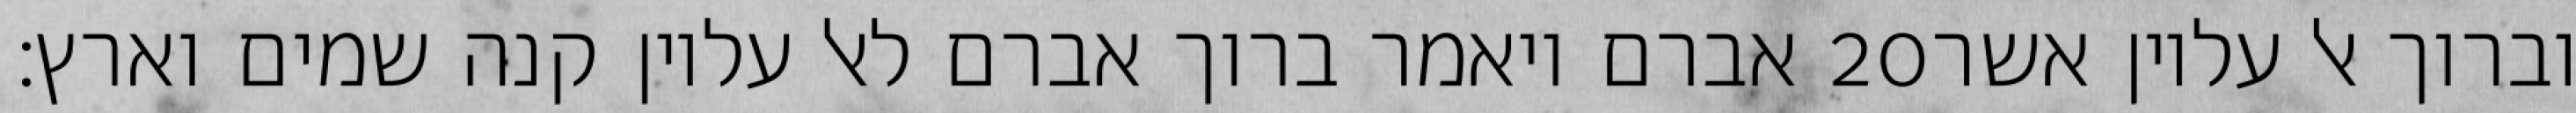
אברם ויאמר ברוך אברם לאל עליון קנה שמים וארץ׃ ‎20‏ וברוך אל עליון אשר